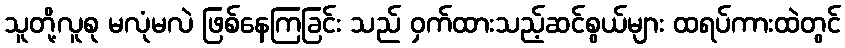
သူတို့လူစု မလုံမလဲ ဖြစ်နေကြခြင်း သည် ဝှက်ထားသည့်ဆင်စွယ်များ ထရပ်ကားထဲတွင်